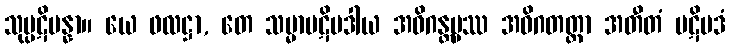
သုပ္ပဋိပန္နာ။ ယေ ဖလဋ္ဌာ, တေ သမ္မာပဋိပဒါယ အဓိဂန္တဗ္ဗဿ အဓိဂတတ္တာ အတီတံ ပဋိပဒံ